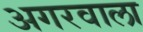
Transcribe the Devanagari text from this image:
अगरवाला